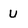
Character: U